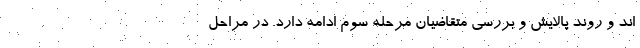
اند و روند پالایش و بررسی متقاضیان مرحله سوم ادامه دارد. در مراحل